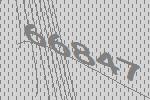
66847